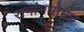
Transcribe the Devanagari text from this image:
रागांमधोमध